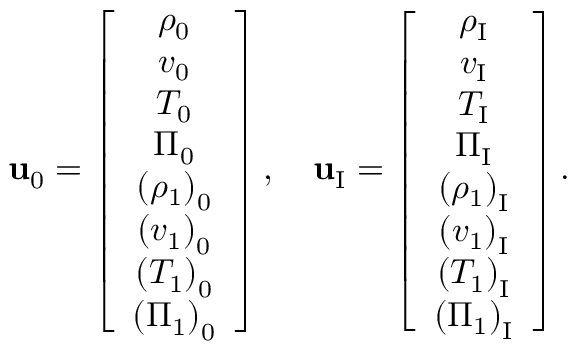
\mathbf { u } _ { 0 } = \left[ \begin{array} { c } { \rho _ { 0 } } \\ { v _ { 0 } } \\ { T _ { 0 } } \\ { \Pi _ { 0 } } \\ { \left( \rho _ { 1 } \right) _ { 0 } } \\ { \left( v _ { 1 } \right) _ { 0 } } \\ { \left( T _ { 1 } \right) _ { 0 } } \\ { \left( \Pi _ { 1 } \right) _ { 0 } } \end{array} \right] , \quad \mathbf { u } _ { \mathrm { I } } = \left[ \begin{array} { c } { \rho _ { \mathrm { I } } } \\ { v _ { \mathrm { I } } } \\ { T _ { \mathrm { I } } } \\ { \Pi _ { \mathrm { I } } } \\ { \left( \rho _ { 1 } \right) _ { \mathrm { I } } } \\ { \left( v _ { 1 } \right) _ { \mathrm { I } } } \\ { \left( T _ { 1 } \right) _ { \mathrm { I } } } \\ { \left( \Pi _ { 1 } \right) _ { \mathrm { I } } } \end{array} \right] .